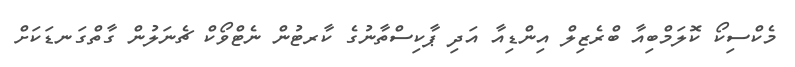
މެކްސިކޯ ކޮލަމްބިއާ ބްރެޒިލް އިންޑިއާ އަދި ޕާކިސްތާނުގެ ކާރޓުން ނެޓްވޯކް ޗެނަލުން ގާތްގަނޑަކަށް